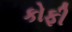
કોફી